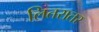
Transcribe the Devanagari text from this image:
लितरातर